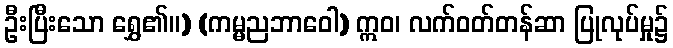
ဦးပြီးသော ရွှေ၏။) (ကမ္မညဘာဝေါ) ဣဝ၊ လက်ဝတ်တန်ဆာ ပြုလုပ်မှု၌